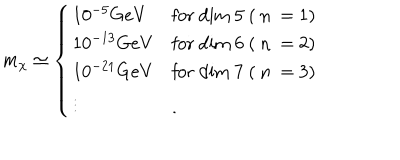
m _ { \chi } \simeq \left\{ \begin{array} { l l } { { 1 0 ^ { - 5 } \mathrm { { G e V } } } } & { { \mathrm { f o r ~ d i m ~ 5 ~ ( ~ n ~ = ~ 1 ) } } } \\ { { 1 0 ^ { - 1 3 } \mathrm { { G e V } } } } & { { \mathrm { f o r ~ d i m ~ 6 ~ ( ~ n ~ = ~ 2 ) } } } \\ { { 1 0 ^ { - 2 1 } \mathrm { { G e V } } } } & { { \mathrm { f o r ~ d i m ~ 7 ~ ( ~ n ~ = ~ 3 ) } } } \\ { { \vdots } } & { { . } } \\ \end{array} \right.